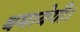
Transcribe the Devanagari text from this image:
थमायेगी।